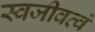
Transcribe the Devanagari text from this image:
स्वजीवत्वं